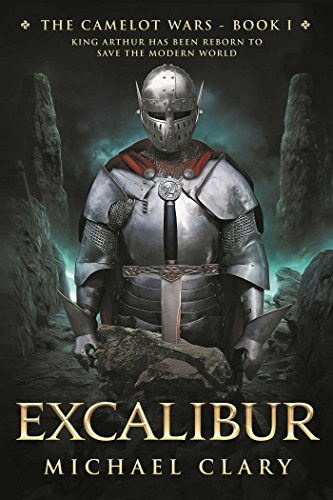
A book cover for Excalibur: The Camelot Wars (Book One); Michael Clary; Science Fiction & Fantasy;